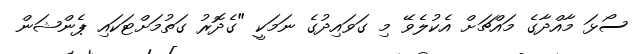
ސޯޅަ މާއްދާގެ މައްޗަށް އެކުލެވޭ މި ގަވައިދުގެ ނަމަކީ "ގެދޮރު ގަތުމަށްޓަކައި ޕެންޝަން